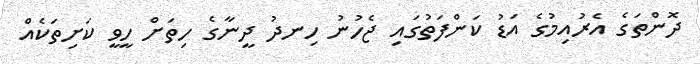
ދޮންތަގެ އެރުއިމުގެ އަޑު ކަންފަތުގައި ޖެހުނު ހިނދު ދީނާގެ ހިތަށް ހީވީ ކަށިތަކެއް